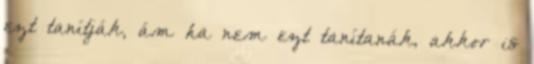
ezt tanítják, ám ha nem ezt tanítanák, akkor is